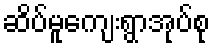
ဆိပ်မူကျေးရွာအုပ်စု